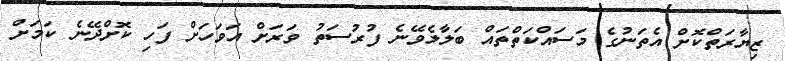
ޒިޔާރަތްކޮށް އެތަނުގެ މަސައްކަތްތައް ބަލާލެވޭނެ ފުރުސަތު ވަރަށް އަވަހަށް ފަހި ކޮށްދޭނެ ކަމަށް